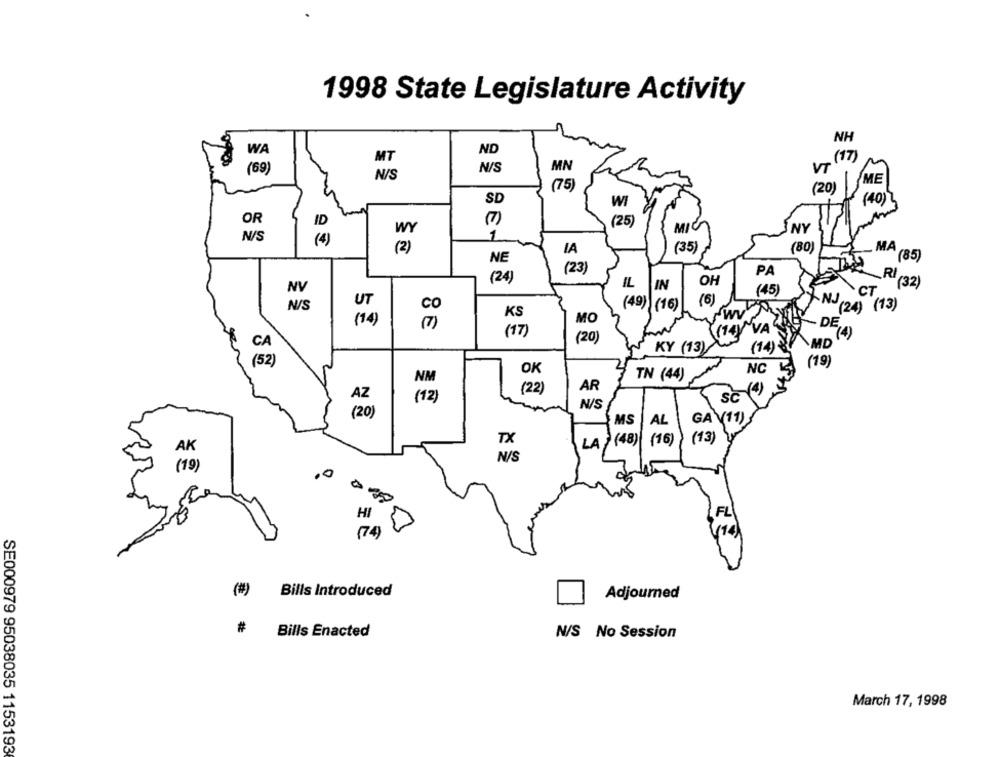
1998 State Legislature Activity
NH
WA
ND
(17)
MT
(69)
N/S
N/S
MN
VT
ME
(75)
(20)
SD
WI
(40)
OR
ID
(7)
(25)
1
MIC
NY
N/S
(4)
IA
(35)
(80)
MA
NE
(85)
(23)
PA
(24)
IL
IN
OH
_RI (32)
(45)
CT
(6)
(49) (16)
NJ (24) (13)
UT
KS
WV
8€
(17)
(14)
NVA
DELA
KY (13)
(14)
MD
(19)
(8 2)
OK
NC
TN (44)
(22)
AR
Sc4)
N/S
(20)
MS
AL
GA V(11)
TX
LA (48)
(16 )
(13)
AK
N/S
(19)
FL
(14)
(74)
(#)
Bills Introduced
Adjourned
#
Bills Enacted
N/S No Session
March 17, 1998
SE000979 95038035 1153193